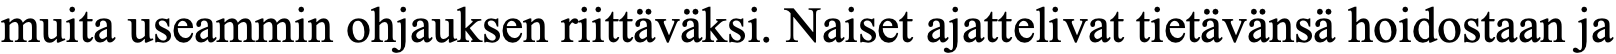
muita useammin ohjauksen riittäväksi. Naiset ajattelivat tietävänsä hoidostaan ja